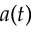
a ( t )